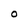
Character: O